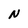
Character: N